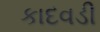
કાદવડી